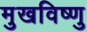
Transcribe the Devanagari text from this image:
मुखविष्णु